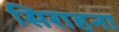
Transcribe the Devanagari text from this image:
सिराहना